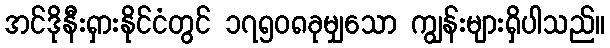
အင်ဒိုနီးရှားနိုင်ငံတွင် ၁၇၅၀၈ခုမျှသော ကျွန်းများရှိပါသည်။